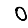
Digit: 0